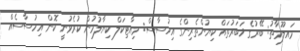
މައލޫމާތު: ބޭރުގެ ޚަބަރުތައް ކިޔުންތެރިންގެ އިހުސާސް: މިއާޓިކަލް ކިޔާލުމުން ކުރެވުނީ ކޮން އިހުސާސެއް